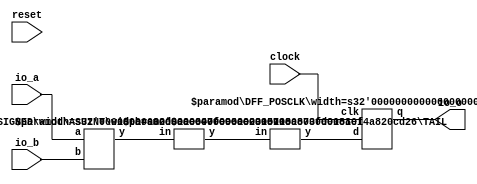
module ShouldBeBadUIntSubtractWithGrow(
    input clock,
    input reset,
    input [3:0] io_a,
    input [3:0] io_b,
    output [3:0] io_o
);
    wire [4:0] _T_5;
    SUB_UNSIGNED #(.width(4)) u_sub_1 (
        .y(_T_5),
        .a(io_a),
        .b(io_b)
    );
    wire [4:0] _T_6;
    ASUINT #(.width(5)) asuint_2 (
        .y(_T_6),
        .in(_T_5)
    );
    wire [3:0] _T_7;
    TAIL #(.width(5), .n(1)) tail_3 (
        .y(_T_7),
        .in(_T_6)
    );
    wire [3:0] _r__q;
    wire [3:0] _r__d;
    DFF_POSCLK #(.width(4)) r (
        .q(_r__q),
        .d(_r__d),
        .clk(clock)
    );
    assign io_o = _r__q;
    assign _r__d = _T_7;
endmodule //ShouldBeBadUIntSubtractWithGrow
module SUB_UNSIGNED(y, a, b);
    parameter width = 4;
    output [width:0] y;
    input [width-1:0] a;
    input [width-1:0] b;
    assign y = a - b;
endmodule // SUB_UNSIGNED
module ASUINT(y, in);
    parameter width = 4;
    output [width-1:0] y;
    input [width-1:0] in;
    assign y = $unsigned(in);
endmodule // ASUINT
module TAIL(y, in);
    parameter width = 4;
    parameter n = 2;
    output [width-n-1:0] y;
    input [width-1:0] in;
    assign y = in[width-n-1:0];
endmodule // TAIL
module DFF_POSCLK(q, d, clk);
    parameter width = 4;
    output reg [width-1:0] q;
    input [width-1:0] d;
    input clk;
    always @(posedge clk) begin
        q <= d;
    end
endmodule // DFF_POSCLK